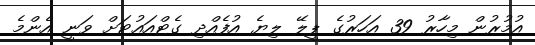
އުމުރުން މިހާރު 39 އަހަރުގެ ޕީލޭ ލިޔެ އުފެއްދި ގެޓްއައުޓަށް ވަނީ އެންމެ